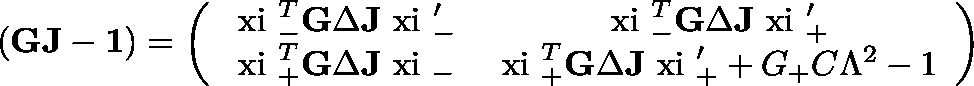
\left( { \bf G J - 1 } \right) = \left( \begin{array} { c c } { { \mathrm { \boldmath ~ x i ~ } _ { - } ^ { T } { \bf G } \Delta { \bf J } \mathrm { \boldmath ~ x i ~ } _ { - } ^ { \prime } } } & { { \mathrm { \boldmath ~ x i ~ } _ { - } ^ { T } { \bf G } \Delta { \bf J } \mathrm { \boldmath ~ x i ~ } _ { + } ^ { \prime } } } \\ { { \mathrm { \boldmath ~ x i ~ } _ { + } ^ { T } { \bf G } \Delta { \bf J } \mathrm { \boldmath ~ x i ~ } _ { - } } } & { { \mathrm { \boldmath ~ x i ~ } _ { + } ^ { T } { \bf G } \Delta { \bf J } \mathrm { \boldmath ~ x i ~ } _ { + } ^ { \prime } + G _ { + } C \Lambda ^ { 2 } - 1 } } \end{array} \right)